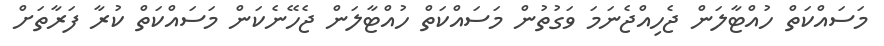
މަސައްކަތް ހުއްޓާލަން ޖެހިއްޖެނަމަ ވަގުތުން މަސައްކަތް ހުއްޓާލަން ޖެހޭނެކަން މަސައްކަތް ކުރާ ފަރާތަށް